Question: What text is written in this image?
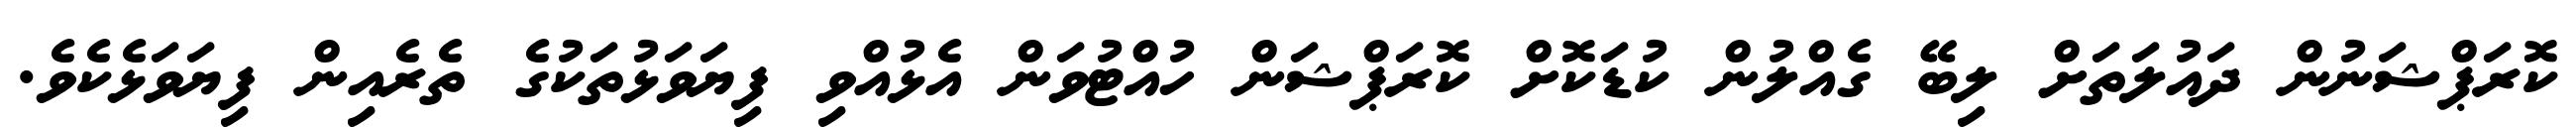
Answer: ކޮރަޕްޝަނުން ދައުލަތަށް ލިބޭ ގެއްލުން ކުޑަކޮށް ކޮރަޕްޝަން ހުއްޓުވަން އެޅުއްވި ފިޔަވަޅުތަކުގެ ތެރެއިން ފިޔަވަޅެކެވެ.